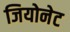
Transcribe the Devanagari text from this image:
जियोनेट